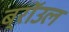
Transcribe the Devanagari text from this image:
ब्राॅउल